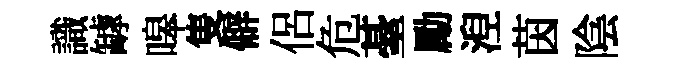
識罅嗥隻僻侶危䑓勵湼茵陰